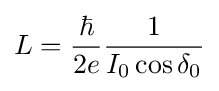
L={\frac {\hbar }{2e}}{\frac {1}{I_{0}\cos \delta _{0}}}